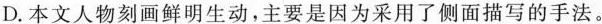
D.本文人物刻画鲜明生动，主要是因为采用了侧面描写的手法。